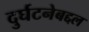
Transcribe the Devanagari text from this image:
दुर्घटनेबद्दल